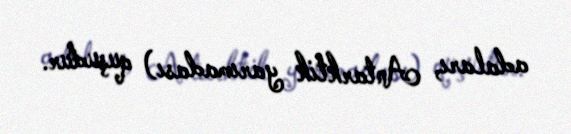
adaları, Antarktik yarımadası) quşudur.